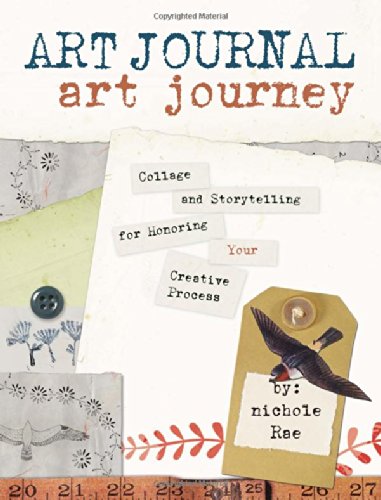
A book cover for Art Journal Art Journey: Collage and Storytelling for Honoring Your Creative Process; Nichole Rae; Crafts, Hobbies & Home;